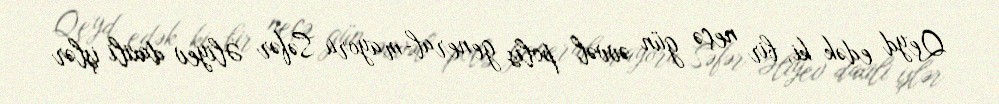
Qeyd edək ki, bir neçə gün əvvəl polis general-mayoru Səfər Əliyev daxili işlər